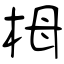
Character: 栂